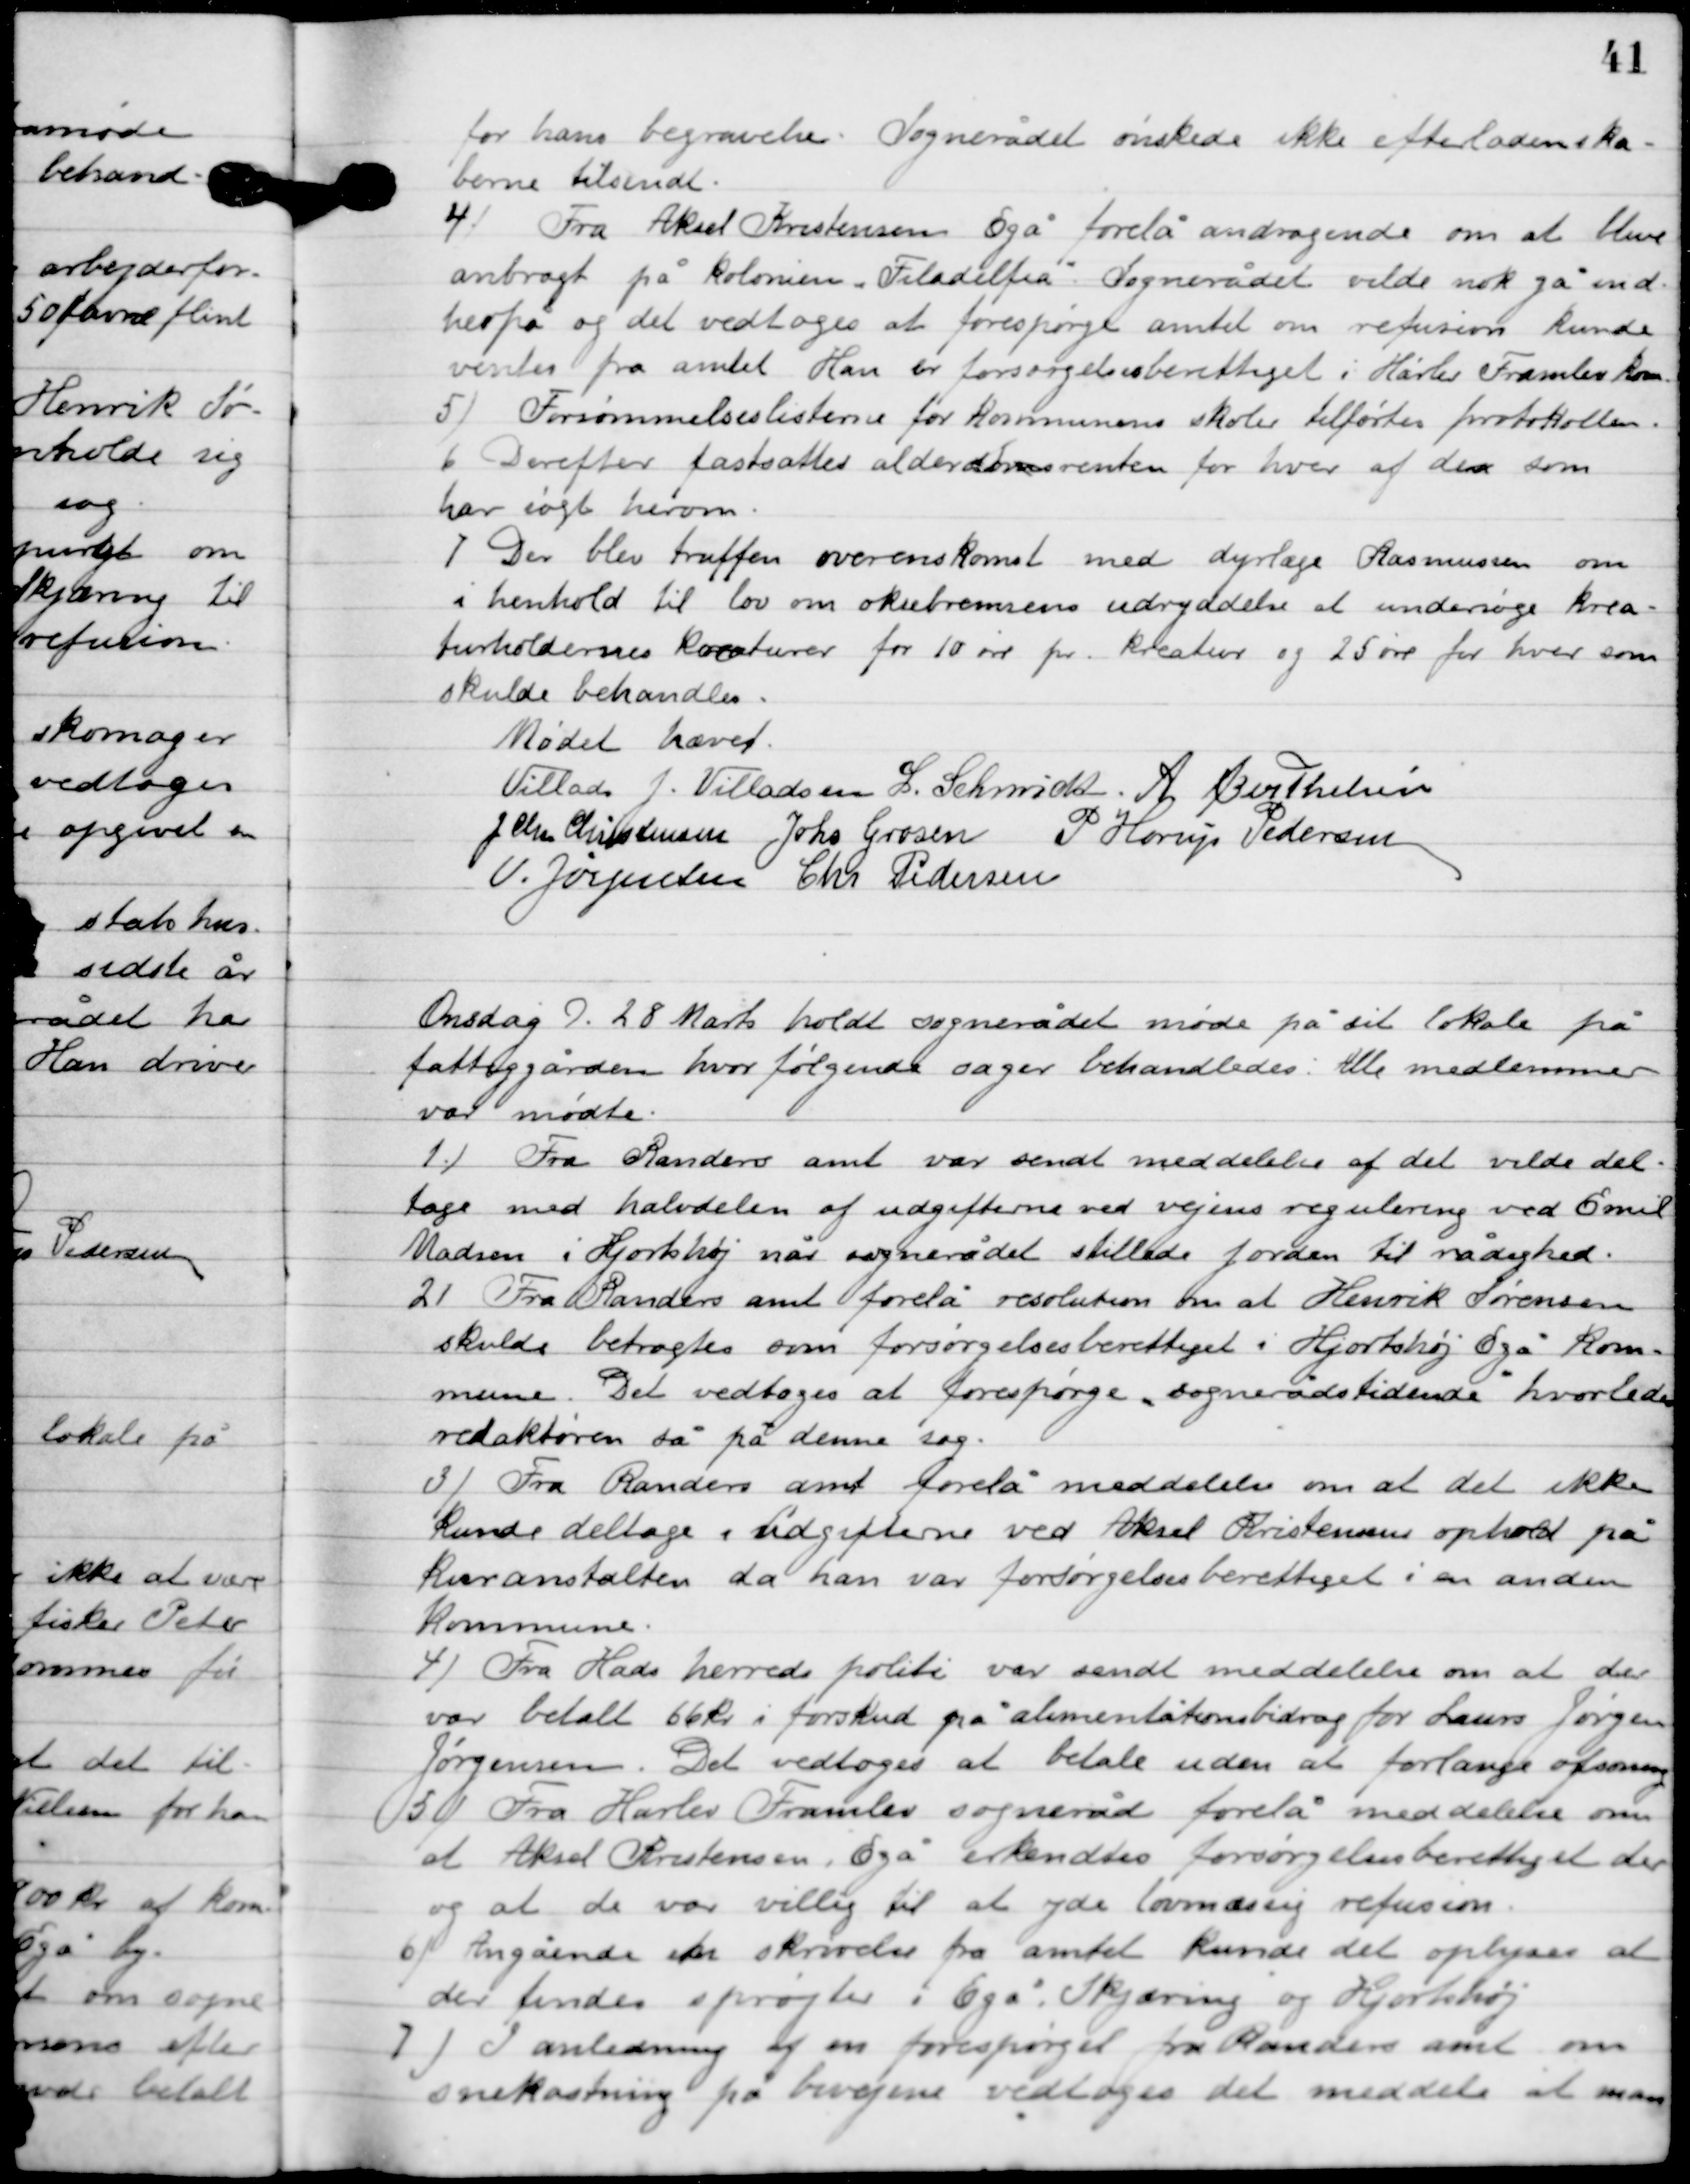
Transskription:
for hans begravelse. Sognerådet ønskede ikke efterladenska-
berne tilsendt.

5

Fra Aksel Kristensen Egå forelå andragende om at blive
anbragt på kolonien ”Filadelfia”. Sognerådet vilde nok gå ind
herfor og det vedtoges at forespørge amtet om refusion kunde
ventes fra amtet. Han er forsørgelsesberettiget i Harlev-Fremlev Amt.

6

Forsømmelseslisterne for Kommunes skoler tilførtes protokollen.

7

Derefter fastsattes alderdomsrenten for hver af dem som
har søgt herom.

8

Der blev truffen overenskomst med dyrlæge Rasmussen om
i henhold til lov om oksebremsens udryddelse at undersøge kre-
aturholdernes køreturer for 10 øre pr. kreatur og 25 øre for hver som
skulde behandles.

Mødet hævet

Villads J. Villadsen
L. Schmidt
A. Berthelsen
J. Chr. Christensen
Johs. Grosen
P. Horup Pedersen
V. Jørgensen
Chr. Pedersen

Onsdag D. 28. marts holdt sognerådet møde sit lokalet på
fattiggården, hvor følgende sager behandledes.  Alle medlemmer
var mødte.

1

Fra Randers amt var sendt meddelelse af det vilde del-
tage med halvdelen af udgifterne ved vejens regulering ved Emil
Madsens i Hjortshøj når sognerådet stillede jorden til rådighed.

2

Fra Randers amt forelå resolution om at Henrik Sørensen
skulde betragtes som forsørgelsesberettiget i Hjortshøj-Egå Kom-
mune. Det vedtoges at forespørge sognerådstidende hvorledes
redaktøren så på denne sag.

3

Fra Randers amt forelå meddelelse om at det ikke
 kunde deltage i udgifterne ved Aksel Kristens ophold på
kurantalten da han far forsørgelsesberettiget i en anden
Kommune.

4

Fra Hads herreds politi var sendt meddelelse om at der
var betalt 66 kr. i forskud på alimentationsbidrag for Laurs Jørgen
Jørgensen. Det vedtoges at betale uden at forlange afsoning.

5

Fra Harlev-Fremlev sogneråd forelå meddelelse om
at Aksel Kristensen, Egå erkendtes forsørgelsesberettiget der
og at de var villig til at yde lovmæssig refusion.

6

Angående en skrivelse fra amtet kunde det oplyses at
der findes sprøjte i Egå, Skjæring og Hjortshøj.

7

I anledning af en forespørgsel fra Randers amt om
snekastning på bivejene vedtoges det meddele at man